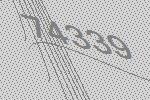
74339